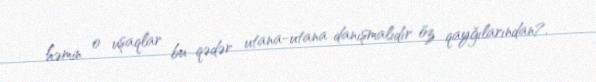
həmin o uşaqlar bu qədər utana-utana danışmalıdır öz qayğılarından?.